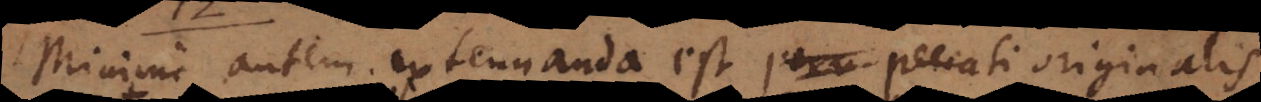
Minime autem extenuanda est peccati originalis